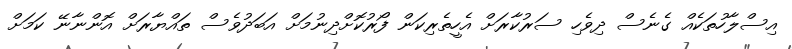
އިސްލާހުތަކެއް ގެނެސް ދިވެހި ސަރުކާރަށް އެހީތެރިކަން ފޯރުކޮށްދިނުމަށް އަބަދުވެސް ތައްޔާރަށް އޮންނާނޭ ކަމަށް